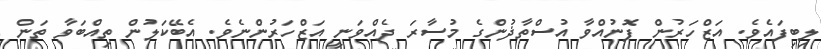
ލިބިފައެވެ. އަޒްހަރުން ފޮނުއްވާ އުސްތާޛުންގެ މުސާރަ ދެއްވަނީ އަޒްހަރުންނެވެ. އެބޭކަލުން ތިއްބަވާ ތަން